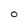
Character: 0